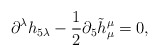
\begin{align*}\partial^\lambda h_{5\lambda}-\frac{1}{2}\partial_5 \tilde{h}^\mu_\mu=0,\end{align*}